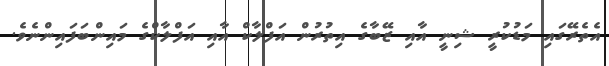
އެތެރޭގައި މަޑުކުރީ ޝިނީ އާއި ޒޭބާގެ އިތުރުން އަފްލާކް އާއި އަފްލާކްގެ މައިންބަފައިންނެވެ.